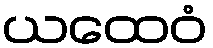
ယထေဝံ